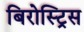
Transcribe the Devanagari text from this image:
बिरोस्ट्रिस